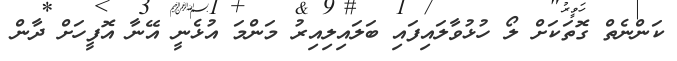
ކަންނެތް ގޮތަކަށް ލޯ ހުޅުވާލައިފައި ބަލައިލިއިރު މަންމަ އުޅެނީ އޭނާ އޮފީހަށް ދާން